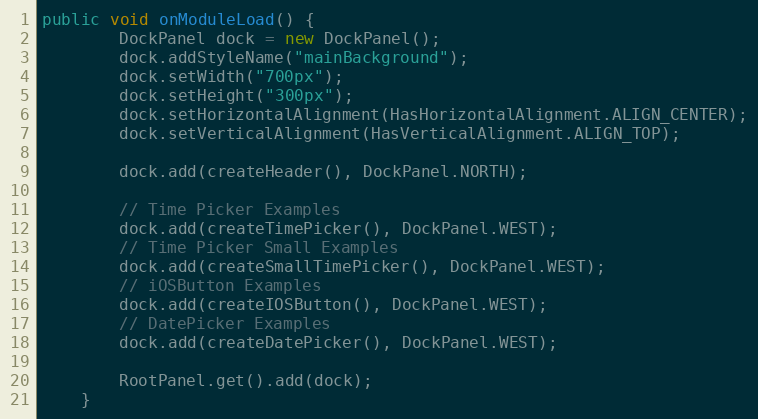
Language: Java
public void onModuleLoad() {
		DockPanel dock = new DockPanel();
		dock.addStyleName("mainBackground");
		dock.setWidth("700px");
		dock.setHeight("300px");
		dock.setHorizontalAlignment(HasHorizontalAlignment.ALIGN_CENTER);
		dock.setVerticalAlignment(HasVerticalAlignment.ALIGN_TOP);

		dock.add(createHeader(), DockPanel.NORTH);

		// Time Picker Examples
		dock.add(createTimePicker(), DockPanel.WEST);
		// Time Picker Small Examples
		dock.add(createSmallTimePicker(), DockPanel.WEST);
		// iOSButton Examples
		dock.add(createIOSButton(), DockPanel.WEST);
		// DatePicker Examples
		dock.add(createDatePicker(), DockPanel.WEST);

		RootPanel.get().add(dock);
	}